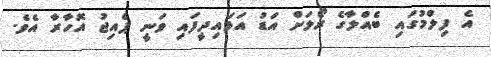
އެ ފިލްމުގައި ބެއްލާގެ ރޯލަށް އަޑު އަޅައިދީފައި ވަނީ ޕެއިޖު އޮހާރާ އެވެ.